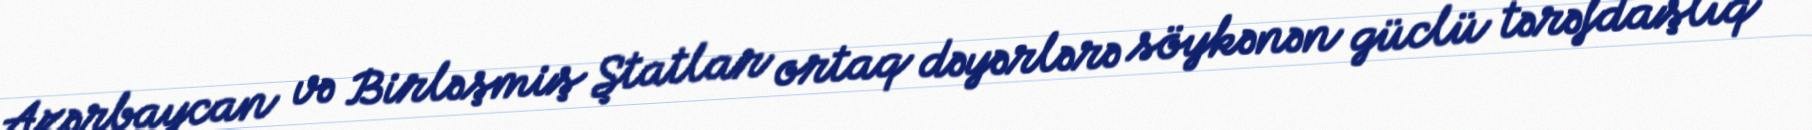
Azərbaycan və Birləşmiş Ştatlar ortaq dəyərlərə söykənən güclü tərəfdaşlıq